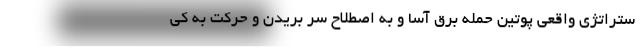
ستراتژی واقعی پوتین حمله برق آسا و به اصطلاح سر بریدن و حرکت به کی